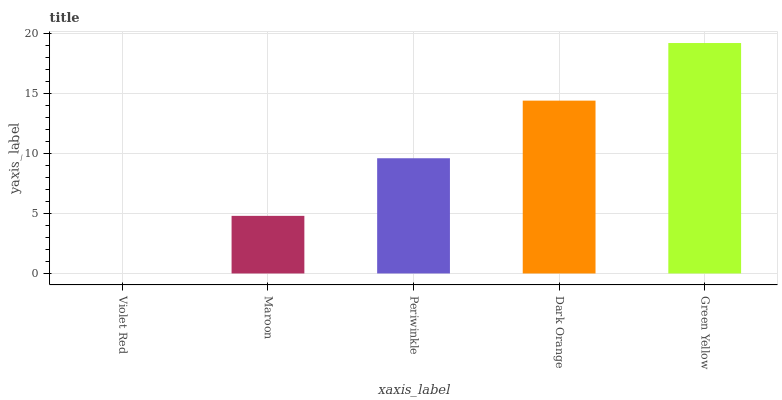
| xaxis_label | bars |
 | --- | --- |
 | Violet Red | 0 |
 | Maroon | 4.81 |
 | Periwinkle | 9.62 |
 | Dark Orange | 14.4 |
 | Green Yellow | 19.2 |